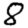
Digit: 8